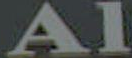
Al